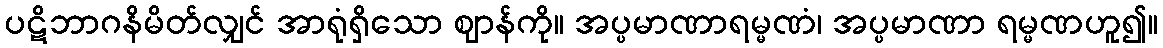
ပဋိဘာဂနိမိတ်လျှင် အာရုံရှိသော ဈာန်ကို။ အပ္ပမာဏာရမ္မဏံ၊ အပ္ပမာဏာ ရမ္မဏဟူ၍။